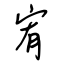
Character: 宥